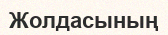
Жолдасының